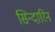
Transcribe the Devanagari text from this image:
सिन्दारिन